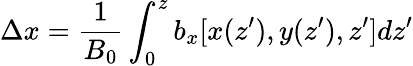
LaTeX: \Delta x=\frac{1}{B_{0}}\int_{0}^{z}b_{x}[x({z}^{\prime}),y({z}^{\prime}),z^{\prime}]d{z}^{\prime}